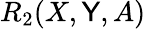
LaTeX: R_{2}(X,\mathsf{Y},A)